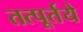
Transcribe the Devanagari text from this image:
तत्पूर्तये